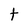
Character: t